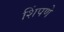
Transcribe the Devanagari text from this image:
शिंपणे